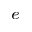
^ { e }